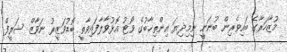
މުޒާހަރާގެ ބައިވެރިން ބުނަނީ ނިމިދިޔަ އިންތިޚާބުގެ ވޯޓު އޮޅުވާލާފައިވާތީ ބޮޑުވަޒީރު ނަވާޒް ޝަރީފް